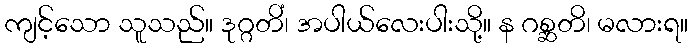
ကျင့်သော သူသည်။ ဒုဂ္ဂတိံ၊ အပါယ်လေးပါးသို့။ န ဂစ္ဆတိ၊ မလားရ။